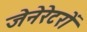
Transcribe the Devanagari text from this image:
जेनेरेटरों